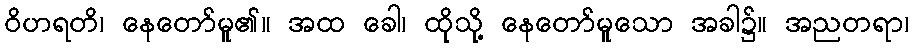
ဝိဟရတိ၊ နေတော်မူ၏။ အထ ခေါ၊ ထိုသို့ နေတော်မူသော အခါ၌။ အညတရာ၊